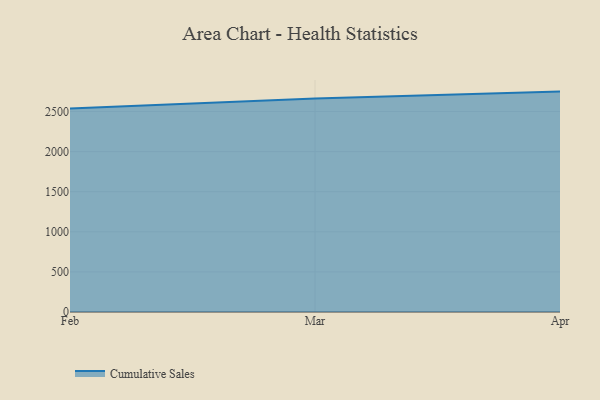
{"axis": {"x": "Month", "y": "Inventory Turnover"}, "legend": ["Cumulative Sales"], "data": [{"x": "Feb", "y": 2538.3, "type": "Cumulative Sales"}, {"x": "Mar", "y": 2663.8, "type": "Cumulative Sales"}, {"x": "Apr", "y": 2748.7, "type": "Cumulative Sales"}]}